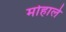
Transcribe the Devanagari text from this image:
मोहाले